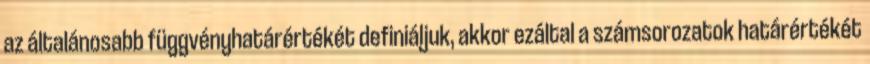
az általánosabb függvényhatárértékét definiáljuk, akkor ezáltal a számsorozatok határértékét